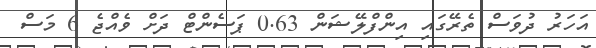
އަހަރު ދުވަސް ތެރޭގައި އިންފްލޭޝަން 0.63 ޕަސެންޓް ދަށް ވެއްޖެ 6 މަސް